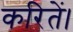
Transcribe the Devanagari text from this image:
करितें।